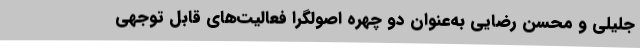
جلیلی و محسن رضایی به‌عنوان دو چهره اصولگرا فعالیت‌های قابل توجهی